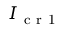
I _ { \mathrm { ~ c ~ r ~ 1 ~ } }